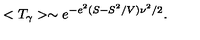
< T _ { \gamma } > \sim e ^ { - e ^ { 2 } ( S - S ^ { 2 } / V ) \nu ^ { 2 } / 2 } .